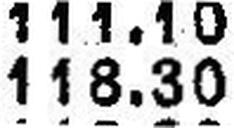
118.30